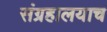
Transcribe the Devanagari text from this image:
संग्रहालयाच